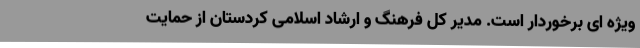
ویژه ای برخوردار است. مدیر کل فرهنگ و ارشاد اسلامی کردستان از حمایت